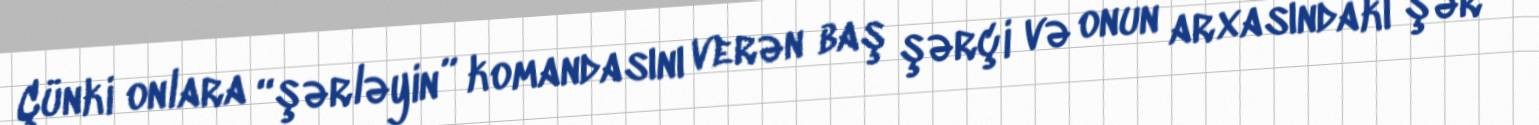
Çünki onlara “şərləyin” komandasını verən baş şərçi və onun arxasındakı şər